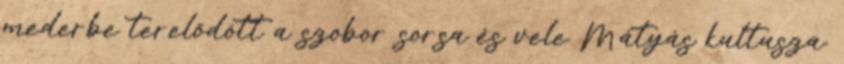
mederbe terelődött a szobor sorsa és vele Mátyás kultusza.